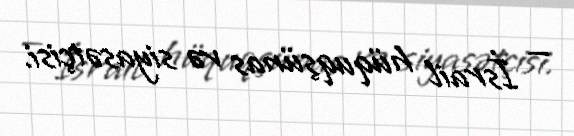
— İsrail hüquqşünas və siyasətçisi.